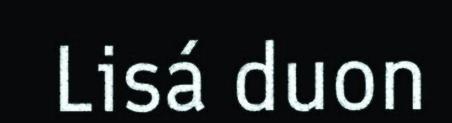
Lisá duon